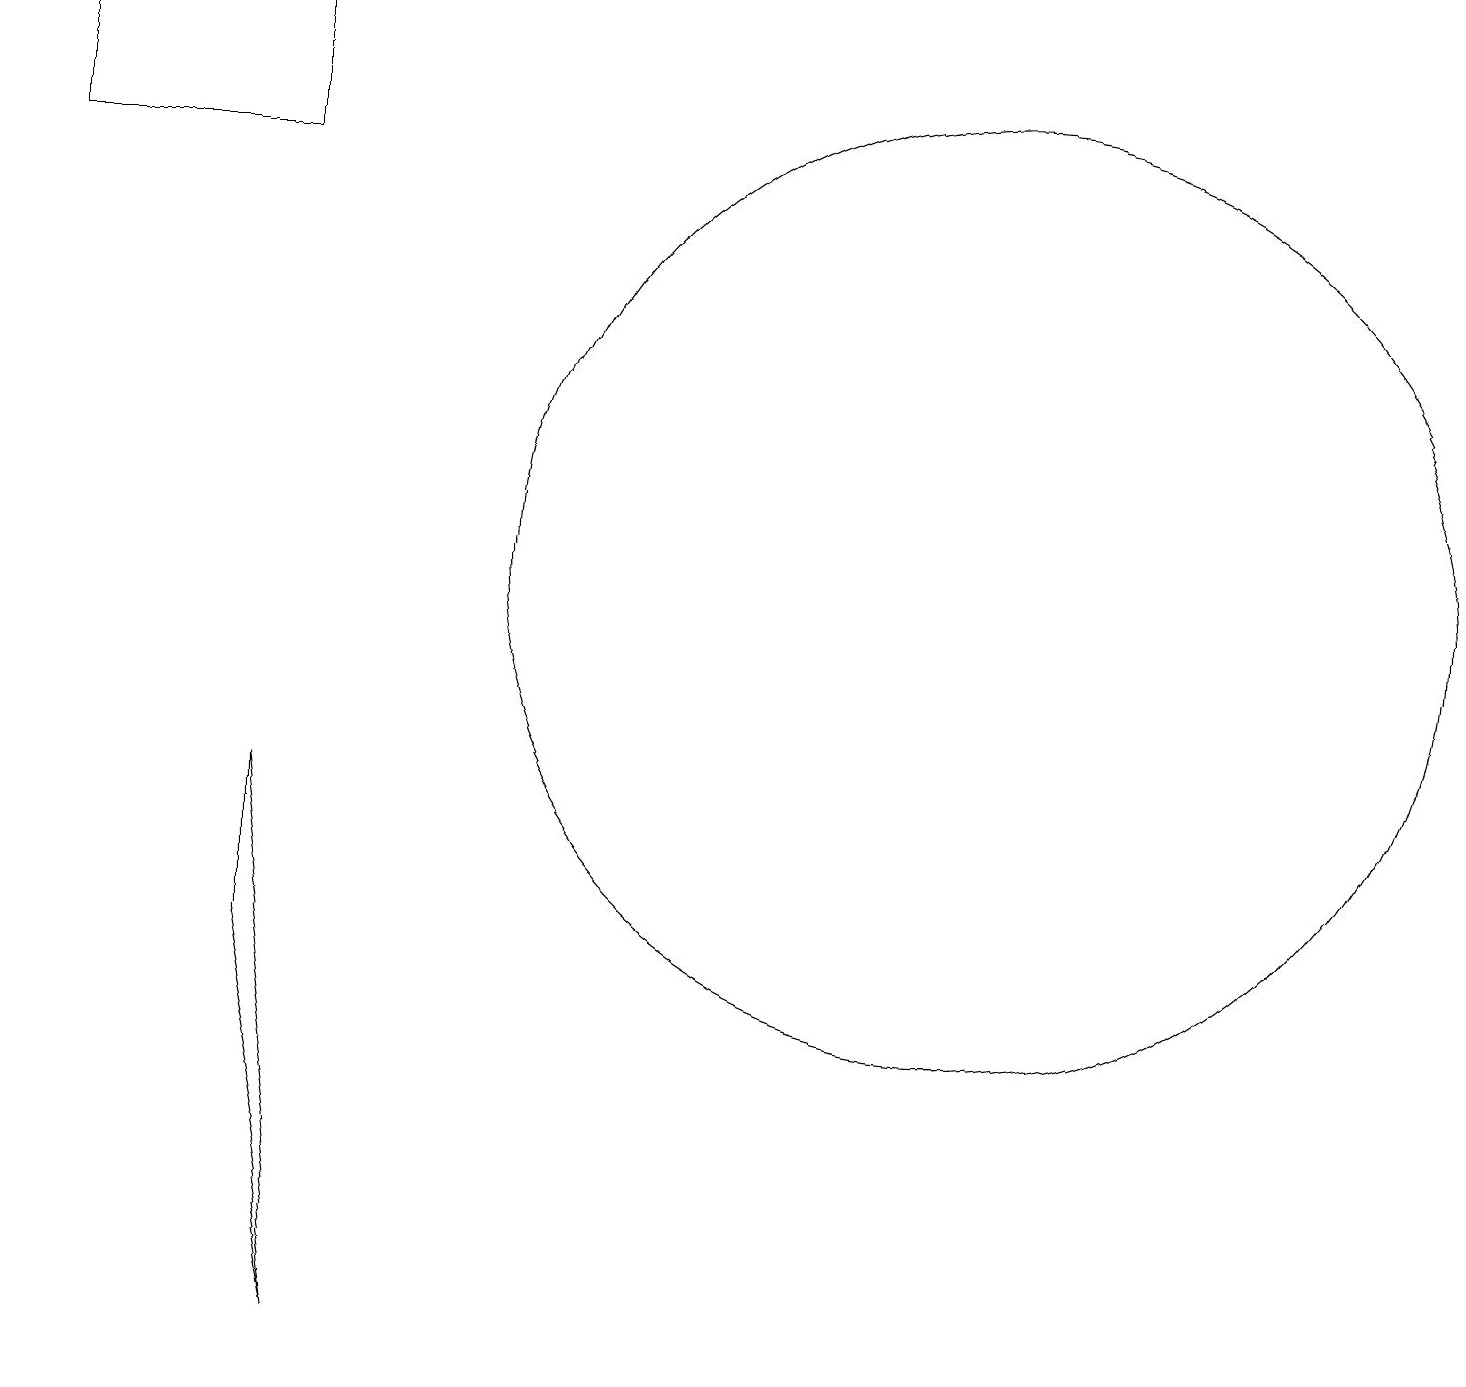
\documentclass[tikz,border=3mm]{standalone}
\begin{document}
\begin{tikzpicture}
\draw (3,5) -- (3,7) -- (4,0) -- cycle;
\draw (12,10) circle (6);
\draw (3,17) rectangle (0,15);
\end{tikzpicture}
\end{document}